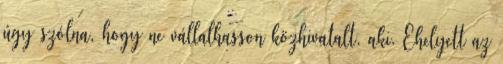
úgy szólna, hogy ne vállalhasson közhivatalt, aki. Ehelyett az